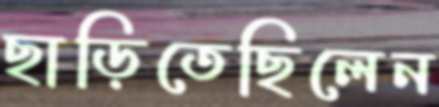
ছাড়িতেছিলেন